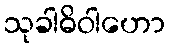
သုခါဓိဝါဟော